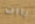
بارت